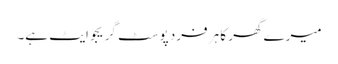
میرے گھر کا ہر فرد پوسٹ گریجوایٹ ہے۔